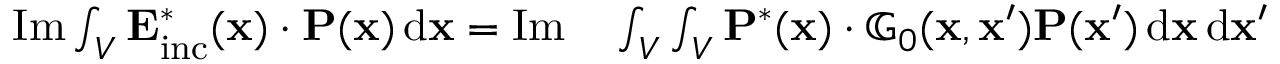
\begin{array} { r l } { \operatorname { I m } \int _ { V } \mathbf { E } _ { \mathrm { i n c } } ^ { * } ( \mathbf { x } ) \cdot \mathbf { P } ( \mathbf { x } ) \, \mathrm { d } \mathbf { x } = \operatorname { I m } } & { { } \int _ { V } \int _ { V } \mathbf { P } ^ { * } ( \mathbf { x } ) \cdot \mathbb { G } _ { 0 } ( \mathbf { x } , \mathbf { x } ^ { \prime } ) \mathbf { P } ( \mathbf { x } ^ { \prime } ) \, \mathrm { d } \mathbf { x } \, \mathrm { d } \mathbf { x } ^ { \prime } } \end{array}